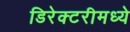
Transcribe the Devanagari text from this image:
डिरेक्टरीमध्ये